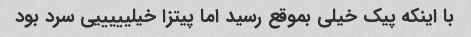
با اینکه پیک خیلی بموقع رسید اما پیتزا خیلیییییی سرد بود